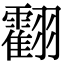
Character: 𦒧